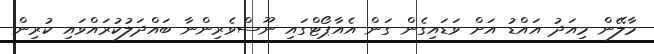
މާލޭން މިއަދު އައްޑު އަށް ވަޑައިގެން ގަން އެއާޕޯޓްގައި ނޫސްވެރިންނާ ބައްދަލުކުރައްވައި ކުރިން